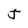
Character: J